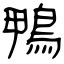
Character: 鴨